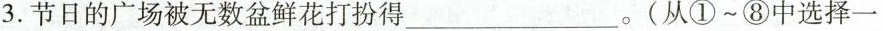
3.节日的广场被无数盆鲜花打扮得___。(从①~⑧中选择一